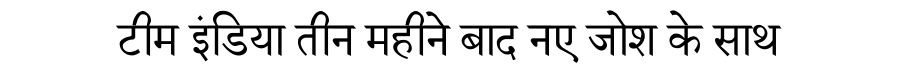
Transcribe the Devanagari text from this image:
टीम इंडिया तीन महीने बाद नए जोश के साथ